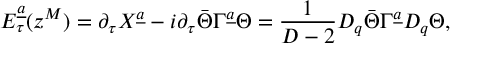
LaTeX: { \cal E } _ { \tau } ^ { \underline { { a } } } ( z ^ { M } ) = \partial _ { \tau } X ^ { \underline { { a } } } - i \partial _ { \tau } \bar { \Theta } \Gamma ^ { \underline { { a } } } \Theta = { \frac { 1 } { D - 2 } } D _ { q } \bar { \Theta } \Gamma ^ { \underline { { a } } } D _ { q } \Theta ,